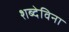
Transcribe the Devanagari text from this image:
शब्देविना